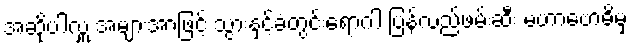
အဆိုပါလှူ အများအာဖြင့် သွားနှင့်ခံတွင်းရောဂါ ပြန်လည်ဖမ်းဆီး မဟာဗောဓိမှ